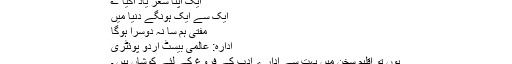
ایک اپنا شعر یاد آگیا ؎
ایک سے ایک ہونگے دنیا میں
مفتی ہم سا نہ دوسرا ہوگا
ادارہ: عالمی بیسٹ اردو پوئٹری
یوں تو اقلیم سخن میں بہت سے ادارے ادب کے فروغ کے لئے کوشاں ہیں ۔